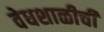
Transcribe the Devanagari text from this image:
वेधशाळीची